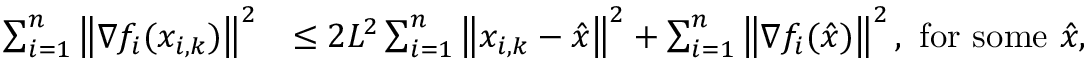
\begin{array} { r l } { \sum _ { i = 1 } ^ { n } \left\Vert \nabla f _ { i } ( x _ { i , k } ) \right\Vert ^ { 2 } } & { \leq 2 L ^ { 2 } \sum _ { i = 1 } ^ { n } \left\Vert x _ { i , k } - \hat { x } \right\Vert ^ { 2 } + \sum _ { i = 1 } ^ { n } \left\Vert \nabla f _ { i } ( \hat { x } ) \right\Vert ^ { 2 } , \mathrm { ~ f o r ~ s o m e ~ } \hat { x } , } \end{array}